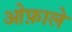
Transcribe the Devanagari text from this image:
ओफ़ाले